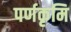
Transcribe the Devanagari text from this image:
पर्णकृमि